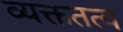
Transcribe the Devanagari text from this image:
व्यक्ततत्व